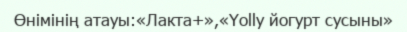
Өнімінің атауы:«Лакта+»,«Yolly йогурт сусыны»